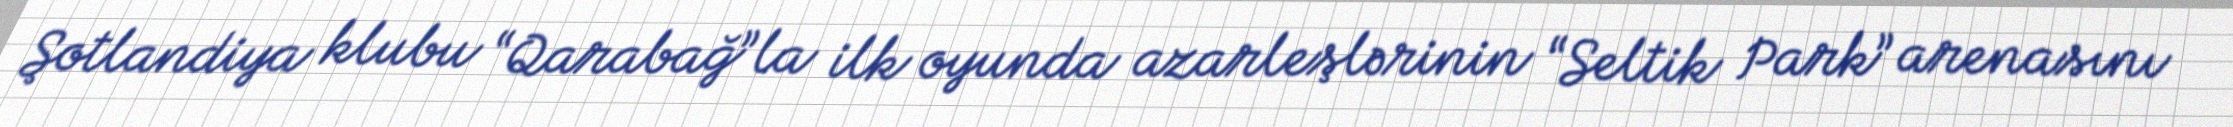
Şotlandiya klubu “Qarabağ”la ilk oyunda azarleşlərinin “Seltik Park” arenasını